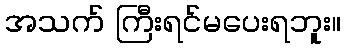
အသက် ကြီးရင်မပေးရဘူး။